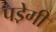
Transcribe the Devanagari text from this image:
पडे़गी